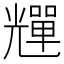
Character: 𠓊